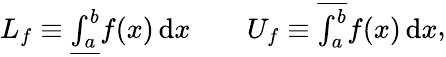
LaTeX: {\begin{array}{rl}{L_{f}\equiv{\underline{{\int_{a}^{b}}}}f(x)\, \mathrm{d}x}&{{}\quad U_{f}\equiv{\overline{{\int_{a}^{b}}}}f(x)\, \mathrm{d}x}\end{array}},